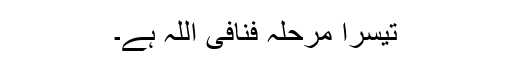
تیسرا مرحلہ فنافی اللہ ہے۔